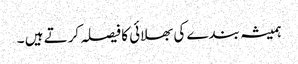
ہمیشہ بندے کی بھلائی کا فیصلہ کرتے ہیں ۔